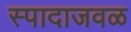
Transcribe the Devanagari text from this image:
स्पादाजवळ